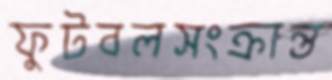
ফুটবলসংক্রান্ত